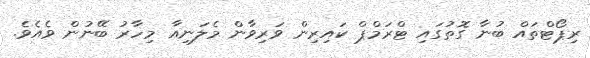
ރިޕޯޓްތައް ބުނާ ގޮތުގައި ޓްރަމްޕް ކައިރިން ވަރިވާން މެލަނިއާ މިހާރު ބޭނުން ވެއެވެ.